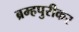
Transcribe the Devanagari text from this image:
ब्रम्हपुरीकर